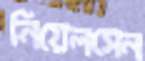
নিয়েলসেন